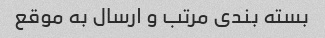
بسته بندی مرتب و ارسال به موقع